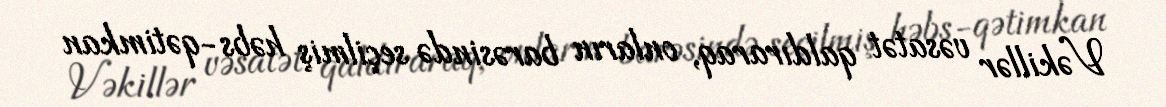
Vəkillər vəsatət qaldıraraq, onların barəsində seçilmiş həbs-qətimkan